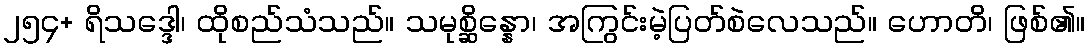
၂၅၄+ ရိသဒ္ဒေါ၊ ထိုစည်သံသည်။ သမုစ္ဆိန္နော၊ အကြွင်းမဲ့ပြတ်စဲလေသည်။ ဟောတိ၊ ဖြစ်၏။